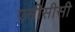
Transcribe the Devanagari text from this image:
एसीसीसी